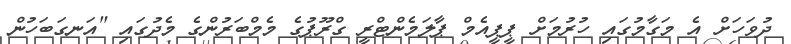
ދުވަހަށް އެ މަގާމުގައި ހުރުމަށް ޕީޕީއެމް ޕާލަމެންޓްރީ ގްރޫޕުގެ މެމްބަރުންގެ މެދުގައި "އަނގަބަހުން